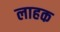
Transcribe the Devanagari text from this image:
लाहक